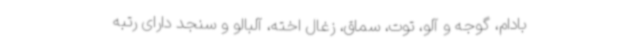
بادام، گوجه و آلو، توت، سماق، زغال اخته، آلبالو و سنجد دارای رتبه